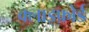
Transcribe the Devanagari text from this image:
क्लाइफ़ोर्ड